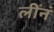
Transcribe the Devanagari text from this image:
लींनं